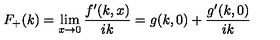
F _ { + } ( k ) = \lim _ { x \to 0 } \frac { f ^ { \prime } ( k , x ) } { i k } = g ( k , 0 ) + \frac { g ^ { \prime } ( k , 0 ) } { i k }